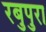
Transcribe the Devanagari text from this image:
रबुपुरा